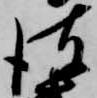
彼